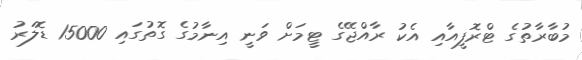
މުބާރާތުގެ ޓްރޮފީއާއި އެކު ރާއްޖޭގެ ޓީމަށް ވަނީ އިނާމުގެ ގޮތުގައި 15000 ޑޮލަރު